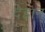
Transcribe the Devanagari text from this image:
देहान्